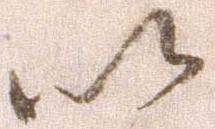
以